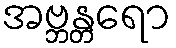
အဗ္ဘန္တရော